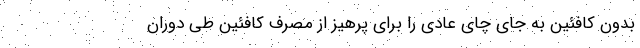
بدون کافئین به جای چای عادی را برای پرهیز از مصرف کافئین طی دوران